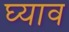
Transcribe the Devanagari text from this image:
घ्याव